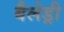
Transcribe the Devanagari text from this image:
बैलेड्री